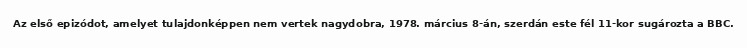
Az első epizódot, amelyet tulajdonképpen nem vertek nagydobra, 1978. március 8-án, szerdán este fél 11-kor sugározta a BBC.